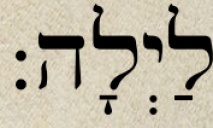
לַיְלָה: